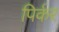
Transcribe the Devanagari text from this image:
पिर्कर